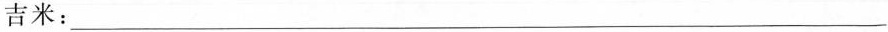
吉米___